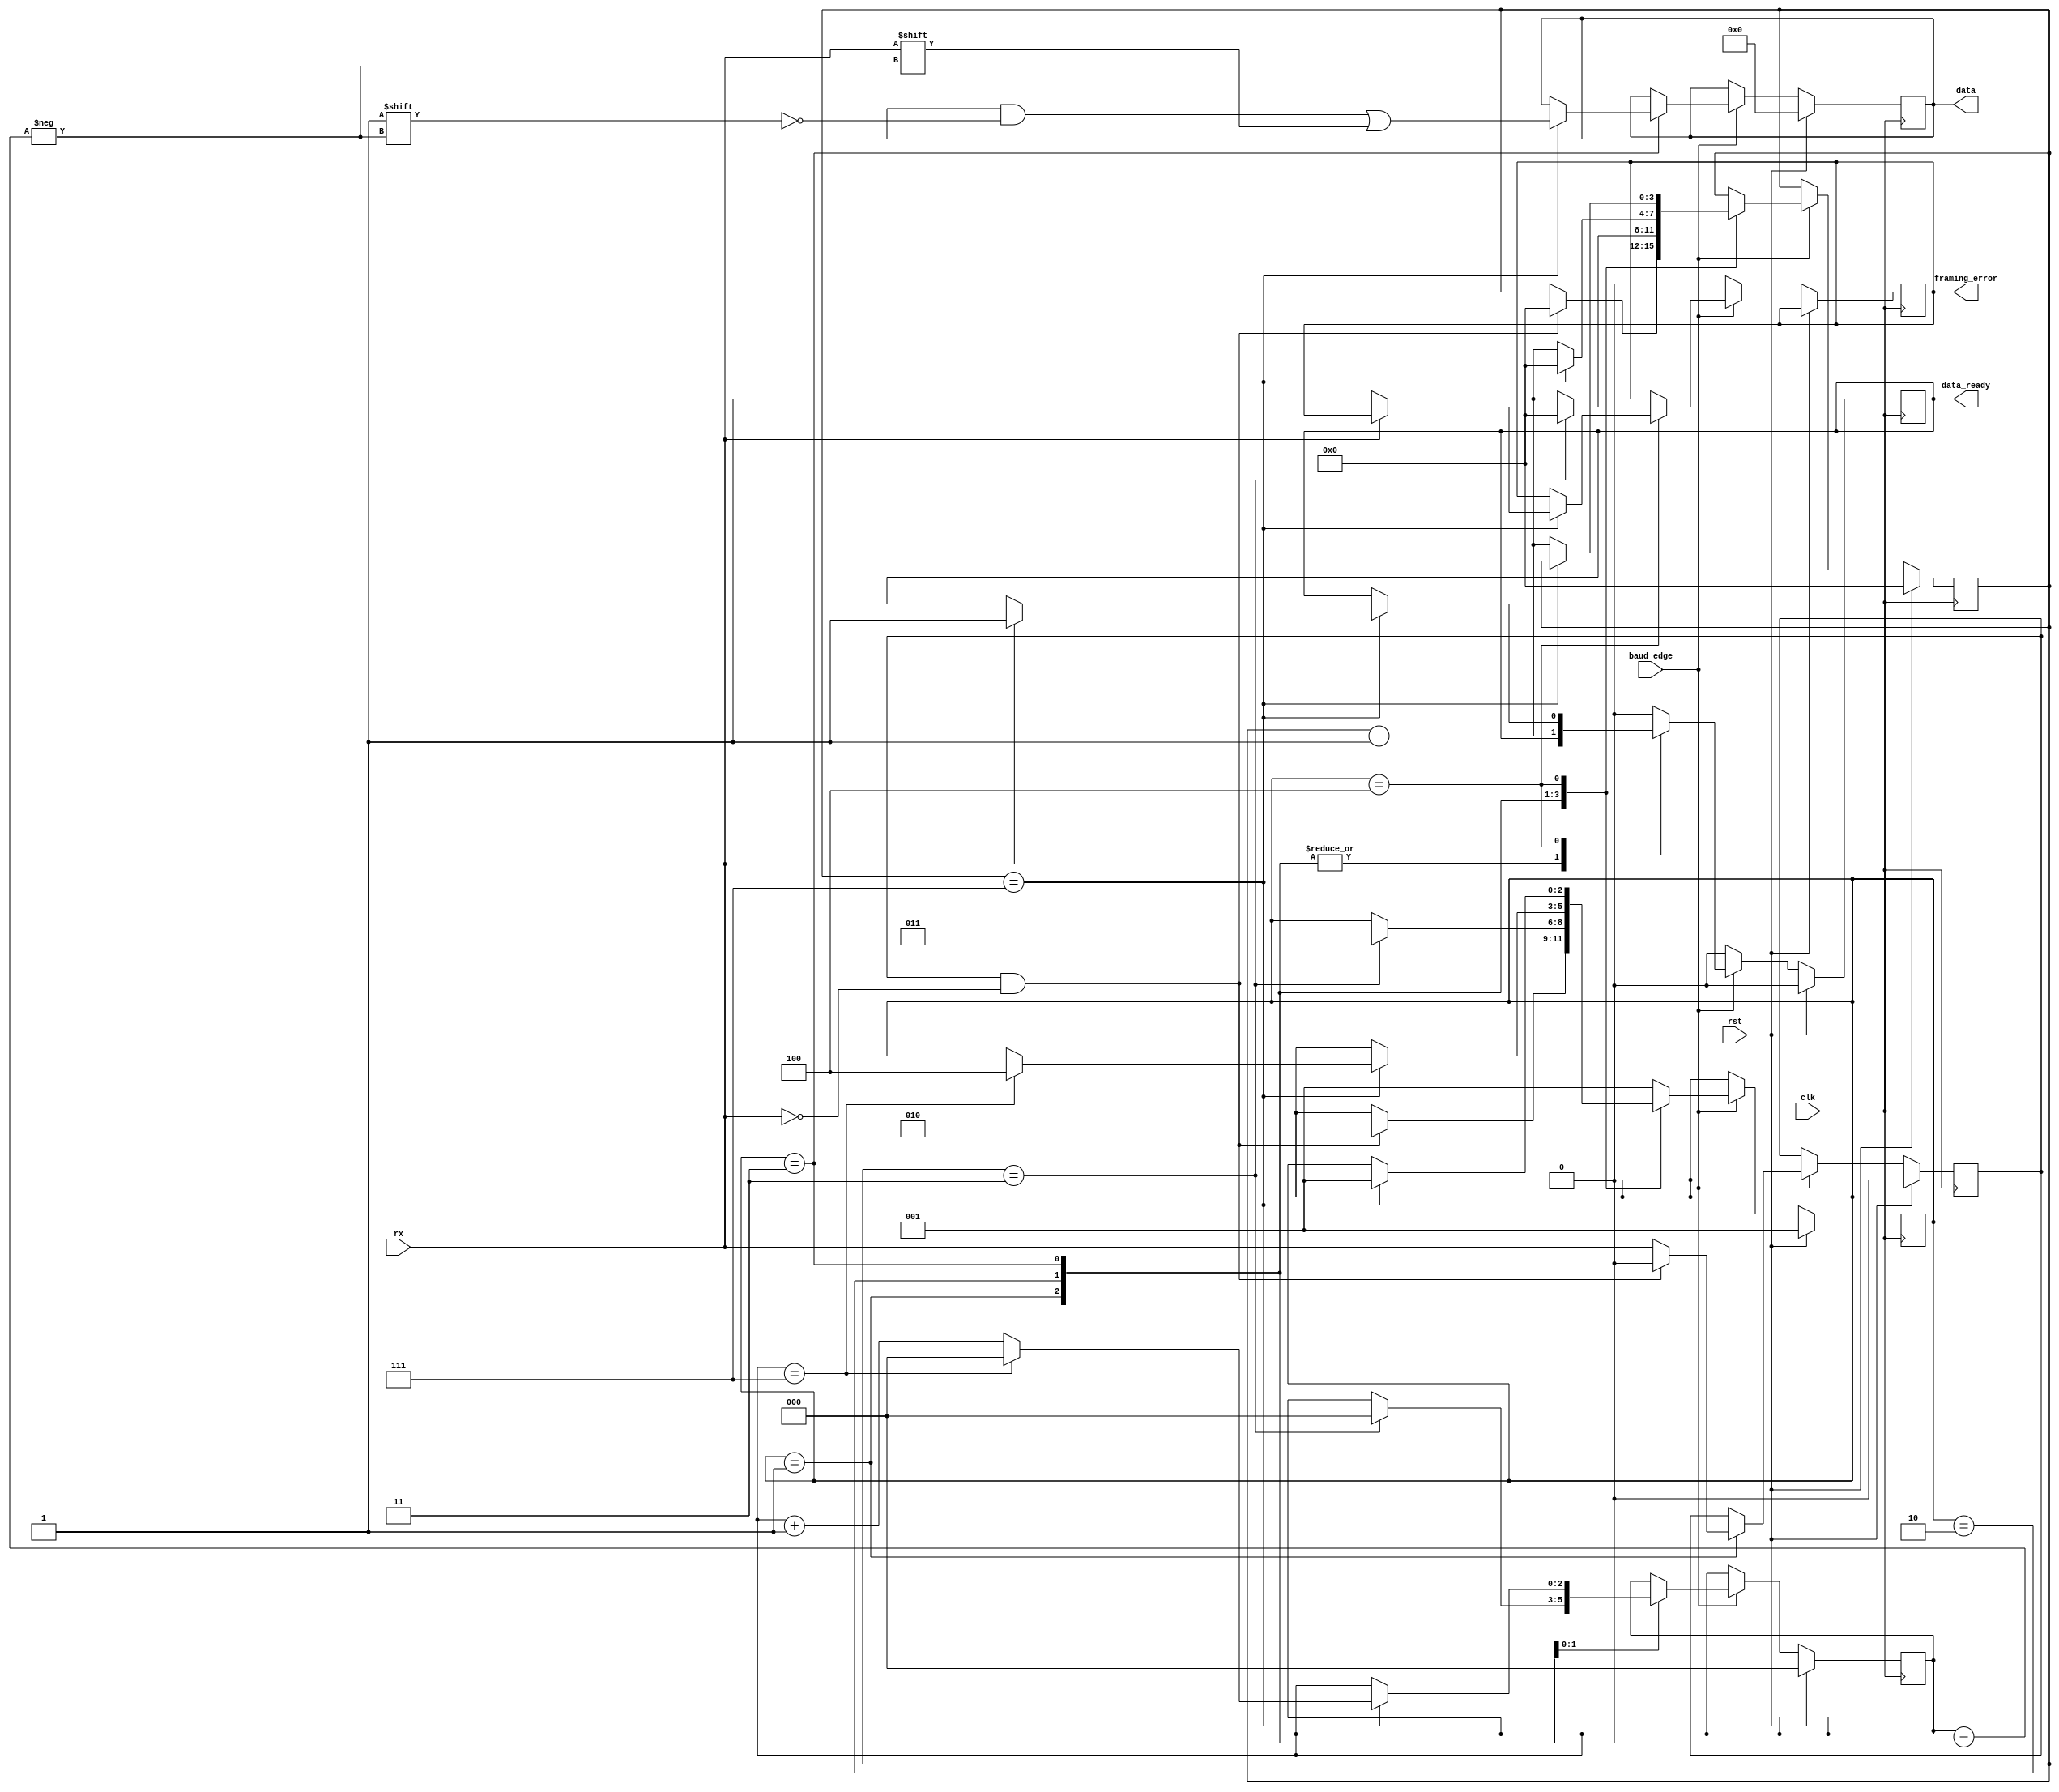
module UART_RX(
    input rst, clk, baud_edge, rx,
    output [7:0] data,
    output data_ready, framing_error
);
    parameter OVERSAMPLE = 8;
    localparam FIND_EDGE = 3'd1, START = 3'd2, DATA = 3'd3, END = 3'd4;
    reg prev_rx;
    reg [7:0] data_reg;
    reg [2:0] data_counter;
    reg [2:0] state = 0;
    reg [$clog2(OVERSAMPLE+OVERSAMPLE/2)-1:0] over_sample_counter = 0;
    reg data_ready_reg = 0;
    reg framing_error_reg = 0;
    assign data = data_reg;
    assign data_ready = data_ready_reg;
    assign framing_error = framing_error_reg;
    always @(posedge clk) begin
        if(rst) begin
            data_reg <= 0;
            prev_rx <= 0;
            data_ready_reg <= 0;
            state <= FIND_EDGE;
            data_counter <= 0;
            over_sample_counter <= 0;
        end else if(baud_edge) begin
            case(state)
                FIND_EDGE: begin
                    prev_rx <= rx;
                    if(prev_rx & !rx) begin
                        state <= START;
                        prev_rx <= 0;
                        over_sample_counter <= 0;
                    end
                end
                START: begin
                    if(over_sample_counter == OVERSAMPLE/2-1) begin
                        over_sample_counter <= 0;
                        data_counter <= 0;
                        state <= DATA;
                    end else begin
                        over_sample_counter <= over_sample_counter + 1;
                    end
                end
                DATA: begin
                    if(over_sample_counter == OVERSAMPLE-1) begin
                        over_sample_counter <= 0;
                        data_reg[data_counter] <= rx;
                        if(data_counter == 7) begin
                            state <= END;
                            data_counter <= 0;
                        end else begin
                            data_counter <= data_counter + 1;
                        end
                    end else begin
                        over_sample_counter <= over_sample_counter + 1;
                    end
                end
                END: begin
                    if(over_sample_counter == OVERSAMPLE-1) begin
                        if(rx) begin
                            data_ready_reg <= 1;
                        end else begin
                            framing_error_reg <= 1;
                        end
                        state <= FIND_EDGE;
                    end else begin
                        over_sample_counter <= over_sample_counter + 1;
                    end
                end
                default: begin
                    data_ready_reg <= 0;
                    state <= FIND_EDGE;
                end
            endcase
        end else begin
            data_ready_reg <= 0;
            framing_error_reg <= 0;
        end
    end
endmodule